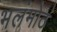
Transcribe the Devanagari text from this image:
भलंमोठं